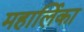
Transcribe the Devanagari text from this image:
महार्लिका